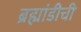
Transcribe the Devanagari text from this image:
ब्रह्मांडीची